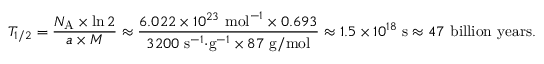
T _ { 1 / 2 } = { \frac { N _ { \mathrm { A } } \times \ln 2 } { a \times M } } \approx { \frac { 6 . 0 2 2 \times 1 0 ^ { 2 3 } { \mathrm { ~ m o l } } ^ { - 1 } \times 0 . 6 9 3 } { 3 2 0 0 { \mathrm { ~ s } } ^ { - 1 } { \cdot } { \mathrm { g } } ^ { - 1 } \times 8 7 { \mathrm { ~ g / m o l } } } } \approx 1 . 5 \times 1 0 ^ { 1 8 } { \mathrm { ~ s } } \approx 4 7 { \mathrm { ~ b i l l i o n ~ y e a r s } } .